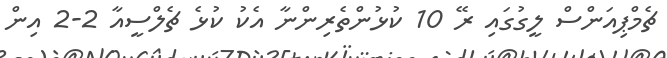
ޗެމްޕިއަންސް ލީގުގައި ރޭ 10 ކުޅުންތެރިންނާ އެކު ކުޅެ ޗެލްސީއާ 2-2 އިން